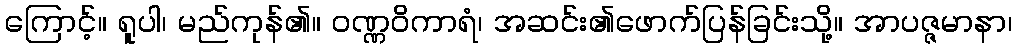
ကြောင့်။ ရူပါ၊ မည်ကုန်၏။ ဝဏ္ဏဝိကာရံ၊ အဆင်း၏ဖောက်ပြန်ခြင်းသို့။ အာပဇ္ဇမာနာ၊